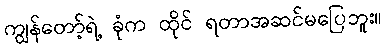
ကျွန်တော့်ရဲ့ ခုံက ထိုင် ရတာအဆင်မပြေဘူး။